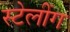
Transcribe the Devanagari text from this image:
स्टेलींग